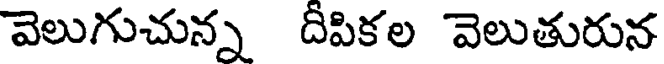
వెలుగుచున్న దీపికల వెలుతురున